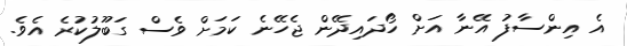
އެ އިންސާފު އޭނާ އަށް ހޯދައިދޭން ޖެހޭނެ ކަމަށް ވެސް ގަބޫލުކުރެ އެވެ.